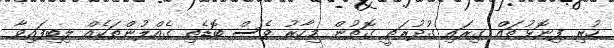
ހުރި ފިނޮޅުތައް ގިރައި ގުދުރަތީ ގޮތުން މިހާރު ވެސް ބޮޑެތި ގެއްލުންތަކެއް ލިބިފައިވާ